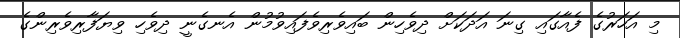
މި އަހަރުގެ ފެއާގައި ގިނަ އަދަކަށް ދިވެހިން ބައިވެރިވެފައިވުމުން އެނގެނީ ދިވެހި ވިޔަފާރިވެރިންގެ